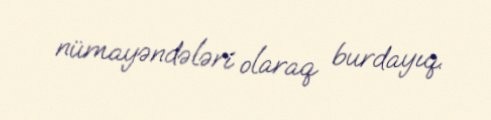
nümayəndələri olaraq burdayıq.